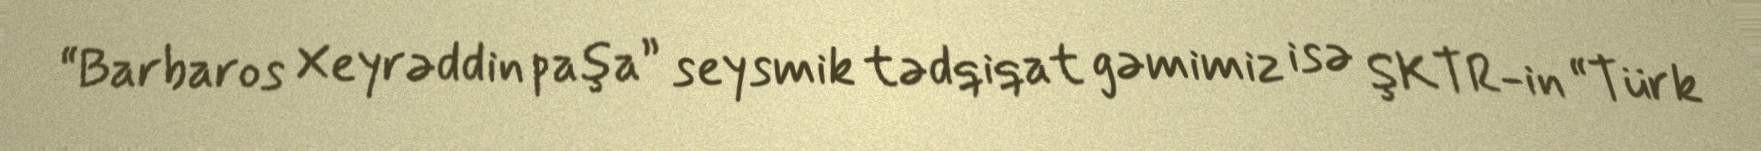
“Barbaros Xeyrəddin paşa” seysmik tədqiqat gəmimiz isə ŞKTR-in “Türk